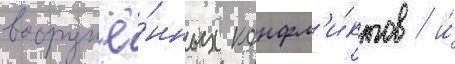
вооружё́нных конфл'и́ктов / и́